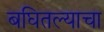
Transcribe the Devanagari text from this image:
बघितल्याचा